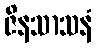
ဇိနသာသနံ